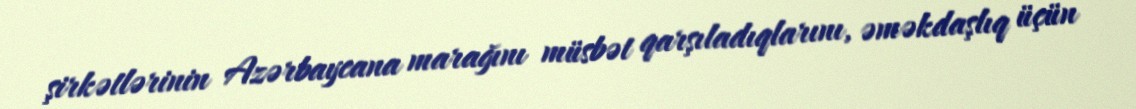
şirkətlərinin Azərbaycana marağını müsbət qarşıladıqlarını, əməkdaşlıq üçün